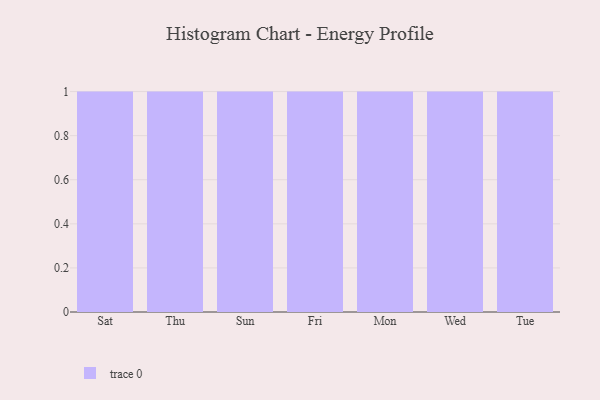
{"axis": {"x": "Day", "y": "Humidity (%)"}, "legend": [""], "data": [{"x": "Sat", "y": 81, "type": ""}, {"x": "Thu", "y": 16, "type": ""}, {"x": "Sun", "y": 76, "type": ""}, {"x": "Fri", "y": 51, "type": ""}, {"x": "Mon", "y": 80, "type": ""}, {"x": "Wed", "y": 97, "type": ""}, {"x": "Tue", "y": 92, "type": ""}]}